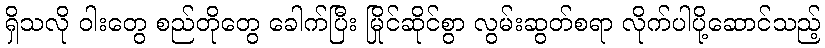
ရှိသလို ဝါးတွေ စည်တိုတွေ ခေါက်ပြီး မြိုင်ဆိုင်စွာ လွမ်းဆွတ်စရာ လိုက်ပါပို့ဆောင်သည့်